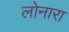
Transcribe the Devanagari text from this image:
लोनारा